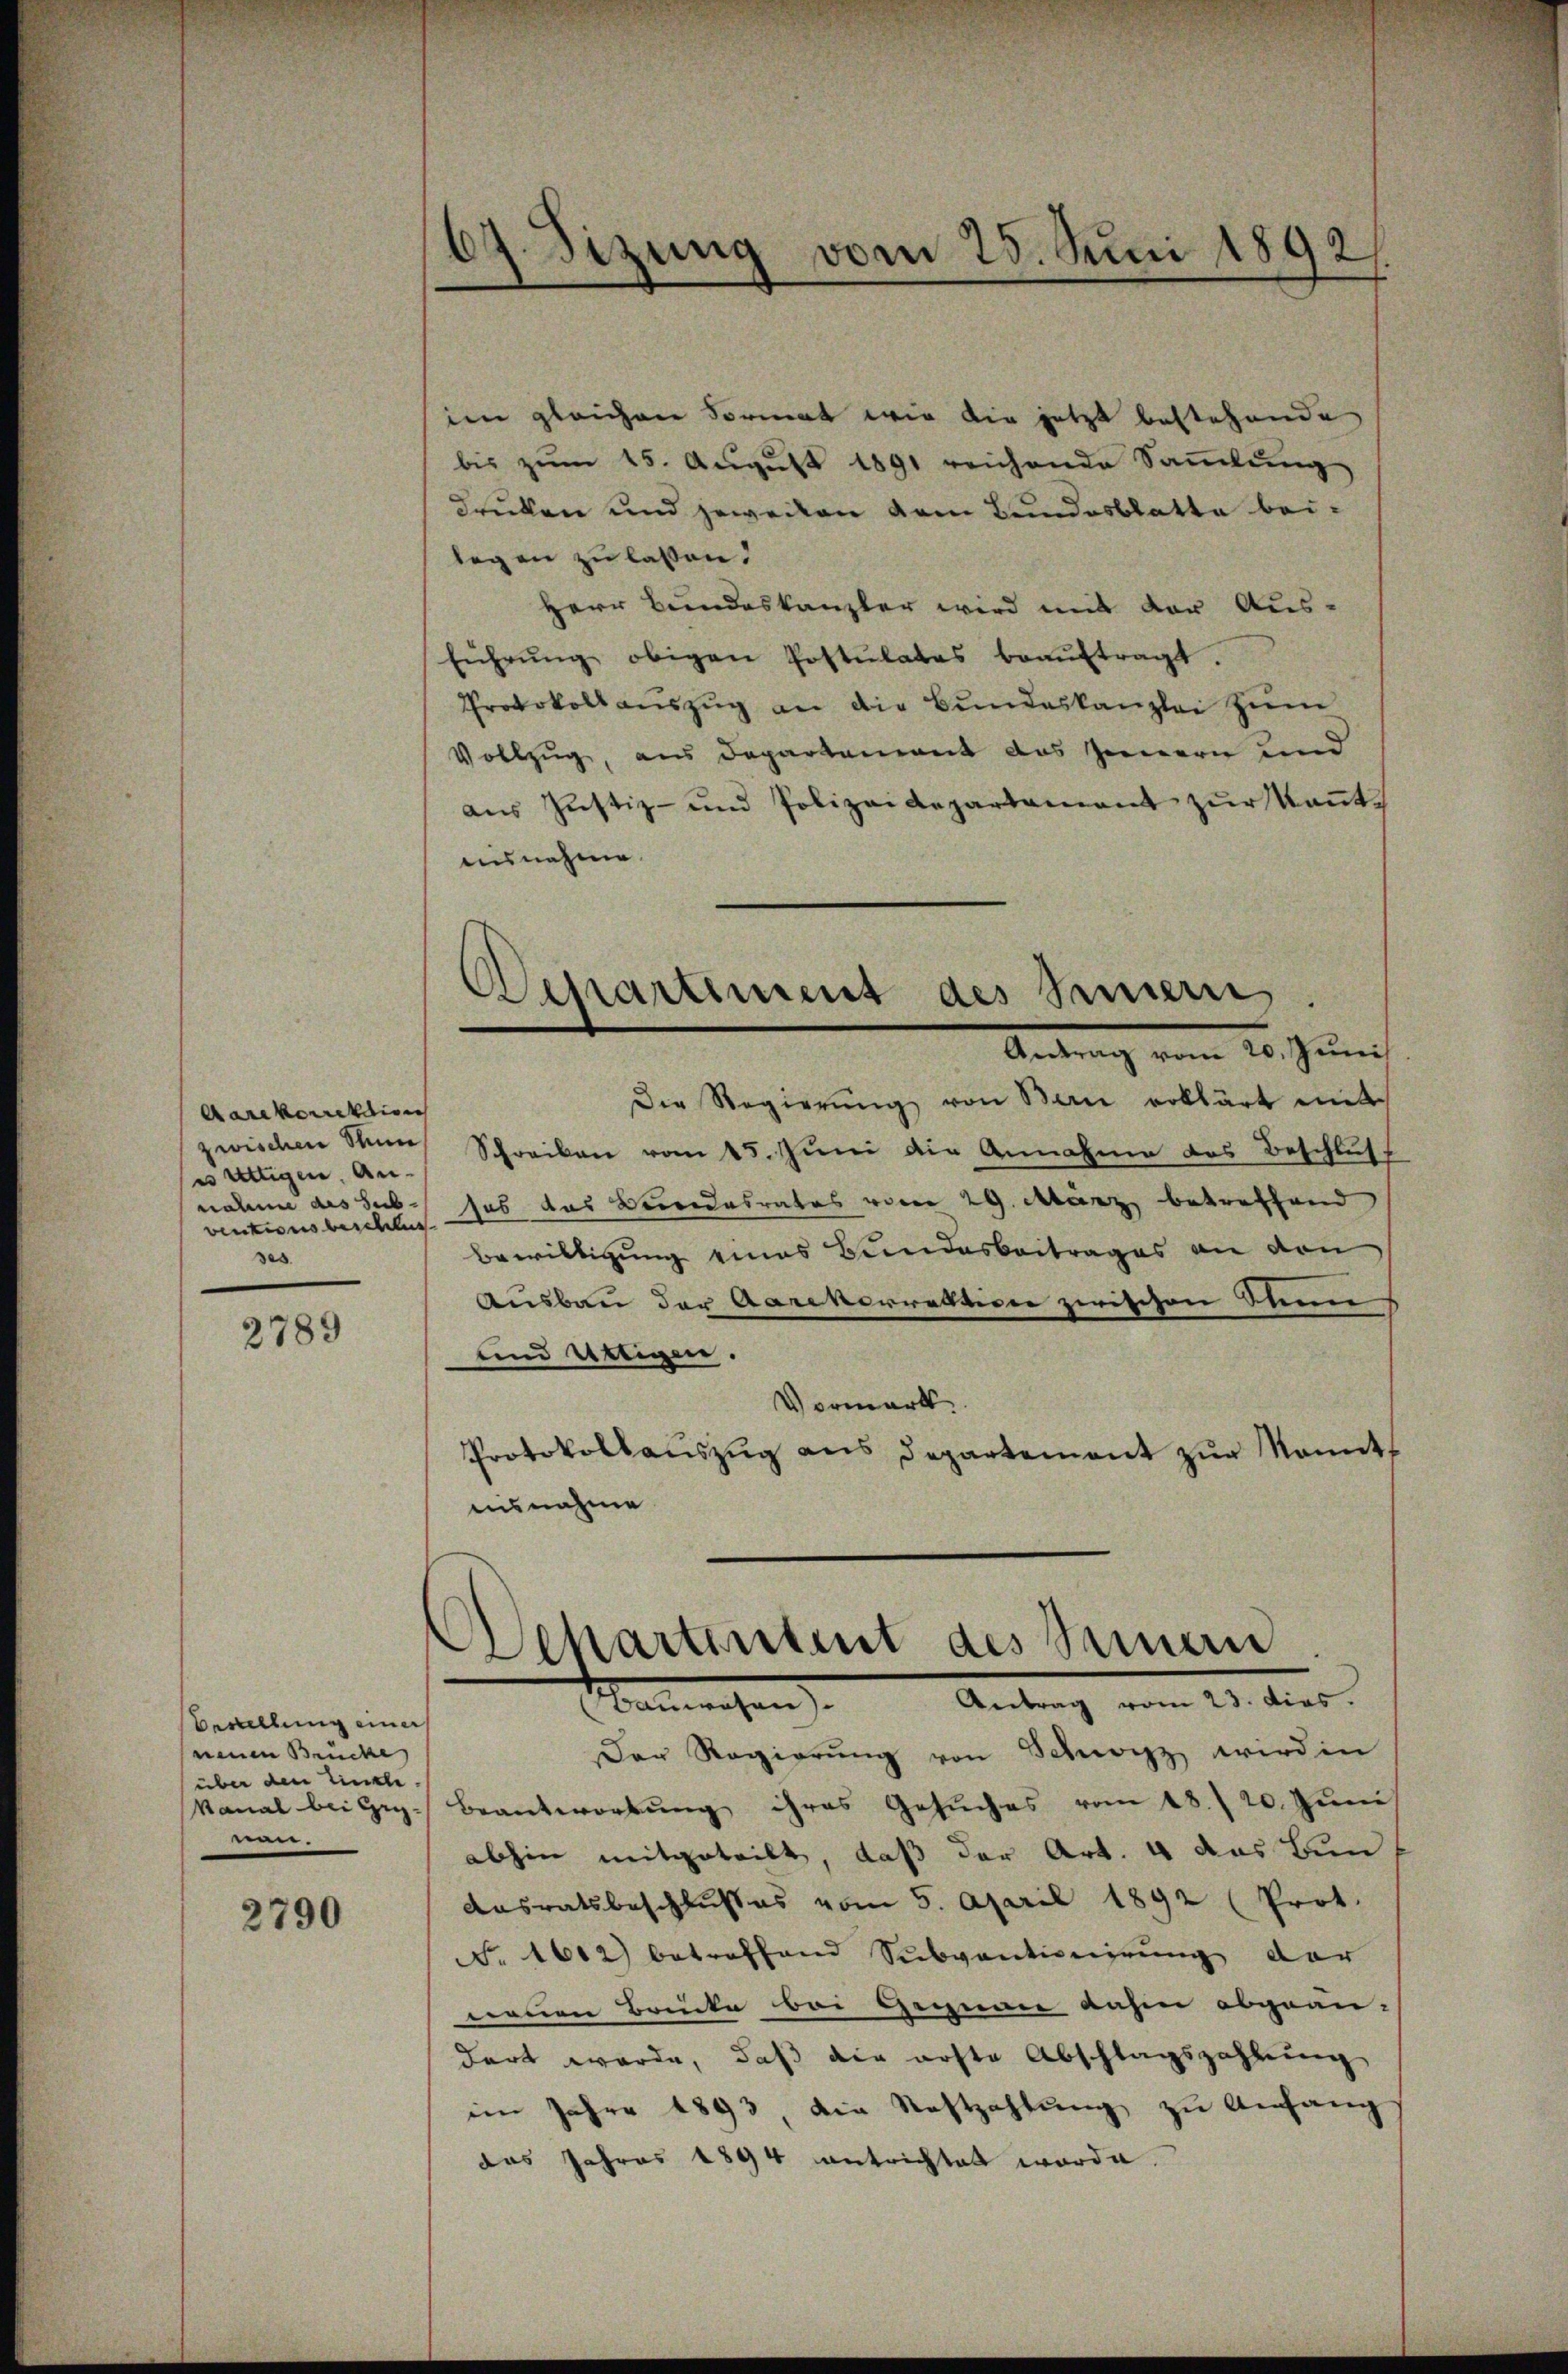
Aarekorrektion
zwischen Steine
es Attigen, Annahme des Subventionsbeschlus
ses

2789

Bestellung einer
neuen Brücke
über den Zinsle.
Nanal bei Gr
nen.

2790

67. Dizung vom 25. Juni 1892

im gleichen Format wie die jetzt bestehende
bis zŭm 15. Aŭgŭst 1891 reichende Saṁlŭng
druken und jeweilen dem Bundesblatte beilegen zu lassen.
Herr Bundeskanzler wird mit der Ausführŭng obigen Postulates beaŭftragt.
Protokoll aŭszŭg an die Bŭndeskanzlei zŭm
Vollzug, aus Departement das Jennern und
aŭs Justiz- und Polizeidepartement zŭr Kant
aisnahme.
Antrag vom 20. Juni
Die Regierŭng von Bau erklärt mit
Schreiben vom 15. Juni die Annahme des Beschluss
sas das Beendesrates vom 29. März betreffend
Bewilligung eines Bundesbeitrages an den
Ausbau der Aarekorrektion zwischen Sinn
und Uttigen.
Vormerk
Protokollaŭszŭg ans Departement zŭr Mannt
nisnahme

Departement des Innern

Schartenheit des Seinen

Malleichen Antrag vom 21. dies
Der Regierŭng von Schwarz wird in
Beantwortung ihres Gesuches vom 13./20. Juni
abhin mitgeteilt, daß der Art. 4 das Bun
Aasratsbeschlußes vom 5. April 1892 (Prot.
No. 1612) betreffend Subventionirung der
nenen Brücke bei Gegnau dahin abgean,
dert werde, daß die erste Abschlagszahlung
im Jahre 1893, die Restzahlung zu Anfang
das Jahres 1894 antrichtet worde.